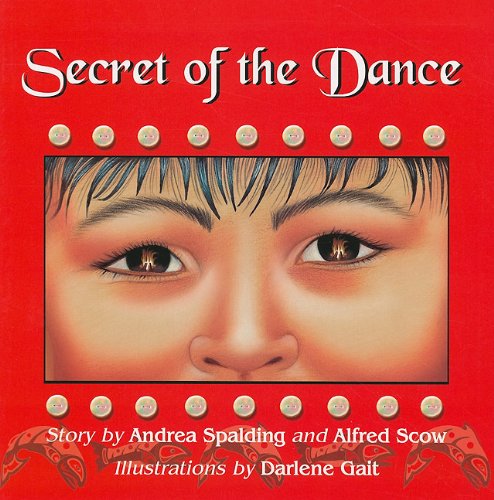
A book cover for Secret of the Dance; Andrea Spalding; Children's Books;